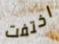
اختفت